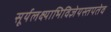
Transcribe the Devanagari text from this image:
सूर्यलक्ष्याभिविज्ञेयस्तपतेव